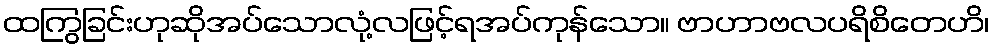
ထကြွခြင်းဟုဆိုအပ်သောလုံ့လဖြင့်ရအပ်ကုန်သော။ ဗာဟာဗလပရိစိတေဟိ၊